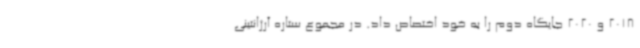
2018 و 2020 جایگاه دوم را به خود اختصاص داد. در مجموع ستاره آرژانتینی